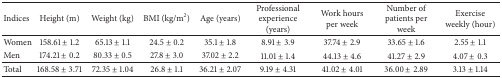
<table><thead><tr><td><b>Indices</b></td><td><b>Height (m)</b></td><td><b>Weight (kg)</b></td><td><b>BMI (kg/m<sup>2</sup>)</b></td><td><b>Age (years)</b></td><td><b>Professional experience (years)</b></td><td><b>Work hours per week</b></td><td><b>Number of patients per week</b></td><td><b>Exercise weekly (hour)</b></td></tr></thead><tbody><tr><td>Women</td><td>158.61 ± 1.2</td><td>65.13 ± 1.1</td><td>24.5 ± 0.2</td><td>35.1 ± 1.8</td><td>8.91 ± 3.9</td><td>37.74 ± 2.9</td><td>33.65 ± 1.6</td><td>2.55 ± 1.1</td></tr><tr><td>Men</td><td>174.21 ± 0.2</td><td>80.33 ± 0.5</td><td>27.8 ± 3.0</td><td>37.02 ± 2.2</td><td>11.01 ± 1.4</td><td>44.13 ± 4.6</td><td>41.27 ± 2.9</td><td>4.07 ± 0.3</td></tr><tr><td>Total</td><td>168.58 ± 3.71</td><td>72.35 ± 1.04</td><td>26.8 ± 1.1</td><td>36.21 ± 2.07</td><td>9.19 ± 4.31</td><td>41.02 ± 4.01</td><td>36.00 ± 2.89</td><td>3.13 ± 1.14</td></tr></tbody></table>